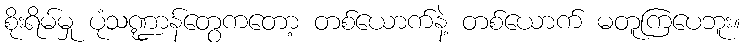
စိုးရိမ်မှု ပုံသဏ္ဍာန်တွေကတော့ တစ်ယောက်နဲ့ တစ်ယောက် မတူကြပေဘူး။